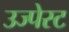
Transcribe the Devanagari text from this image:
उज्पेस्ट